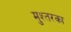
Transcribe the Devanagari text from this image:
मुश्तरका